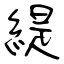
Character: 緹